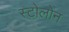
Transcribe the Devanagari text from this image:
स्टोलोन